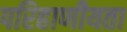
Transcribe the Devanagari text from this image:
परिहाणीयता